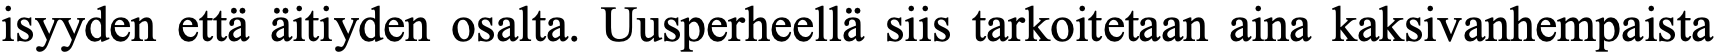
isyyden että äitiyden osalta. Uusperheellä siis tarkoitetaan aina kaksivanhempaista